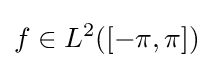
f\in L^{2}([-\pi ,\pi ])